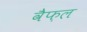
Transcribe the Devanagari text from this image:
वैफ़ल